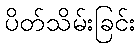
ပိတ်သိမ်းခြင်း